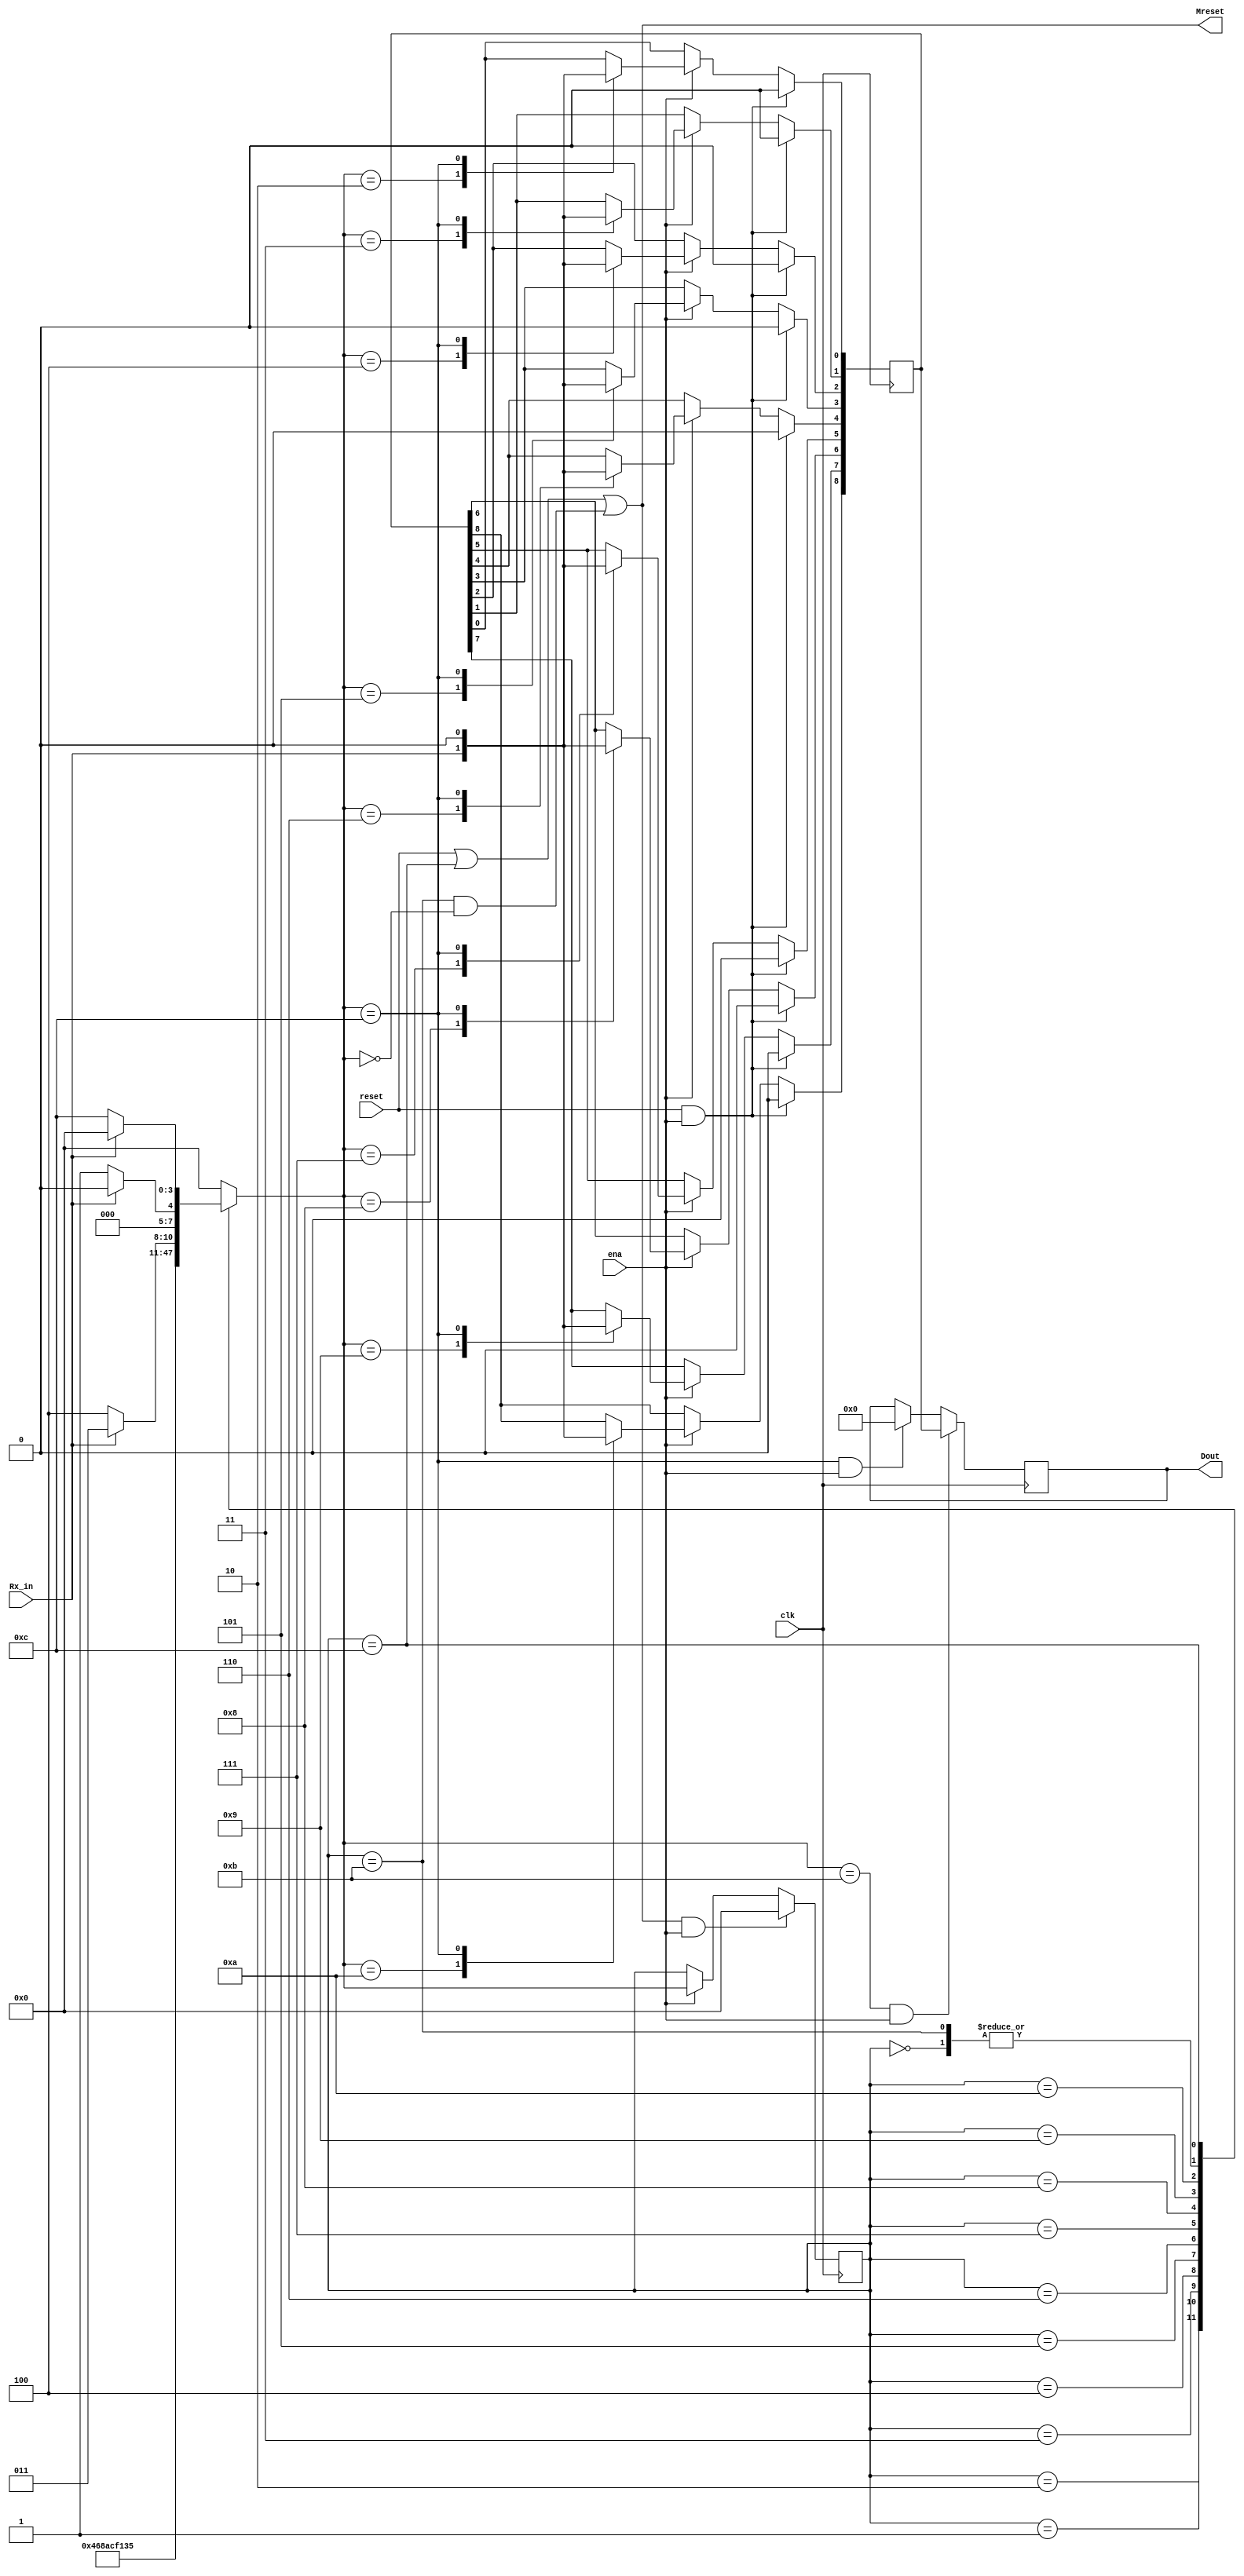
//state machine that takes the uart data with parity bit
module UARTReceiverStateMachine(
	input Rx_in, //received UART data from the Master
	input clk, //clk that will have a modified rate
	input ena, //has a controlled baud rate
	input reset, //synchronous reset
	output [8:0] Dout, //9-Bits sent to the P-checker
	output wire Mreset //sends a bit to the master to reset the masters(transmitters) signal
);

	//states of the state machine
	parameter Idle=4'd0,Start=4'd1,d0=4'd2,d1=4'd3,d2=4'd4,d3=4'd5,d4=4'd6,d5=4'd7,d6=4'd8,d7=4'd9,ParityB=4'd10,Stop=4'd11,Error=4'd12;
	
	reg [3:0] state,next_state; //place holder
	reg [8:0] Drs; //temp data that might get sent to the Parity checker
	
	
	always@(posedge clk) begin //updates the state machine
		if(Mreset && ena)
			state <= Idle;
		else if(ena)
			state <= next_state;					
	end
	
	always@(*)begin //dictates what the state of the machine moves to depending on the "state" and the input Rx_in 
		case(state)
			Idle: 	next_state=(~Rx_in)?Start:Idle;
			Start:	next_state=d0;
			d0:		next_state=d1;
			d1:		next_state=d2;
			d2:		next_state=d3;
			d3:		next_state=d4;
			d4:		next_state=d5;
			d5:		next_state=d6;
			d6:		next_state=d7;
			d7:		next_state=ParityB;
			ParityB:	next_state=(Rx_in)?Stop:Error;
			Stop:		next_state=(Rx_in)?Idle:Start;
			Error:	next_state=(Rx_in)?Idle:Error;
			default:	next_state=Idle;
		endcase
	end
	
	
	always@(posedge clk)begin //places the data bits and the parity bit to the temporary register
		if(reset && ena)
			Drs <= 9'd0;
		else if(ena)
			case(next_state)
				d0:Drs[0] <= Rx_in;
				d1:Drs[1] <= Rx_in;
				d2:Drs[2] <= Rx_in;
				d3:Drs[3] <= Rx_in;
				d4:Drs[4] <= Rx_in;
				d5:Drs[5] <= Rx_in;
				d6:Drs[6] <= Rx_in;
				d7:Drs[7] <= Rx_in;
				ParityB:Drs[8] <= Rx_in;
				Error: Drs <= 9'd0;
				default: Drs <= Drs;
			endcase
	end
	
	reg [8:0] Doutr;
	
	always@(posedge clk)begin
		if(next_state==Stop && ena) //if condition is met, data and parity bit which was stored in Drs is sent to the parity checker
			Doutr <= Drs;
		else if(next_state==Error && ena)  //else if error, then gets zero'd
			Doutr <= 9'd0;
	end
	
	assign Dout = Doutr; 
	assign Mreset = reset||state==Error||(state==Stop&&next_state==Idle); //resets the state machine
		
endmodule